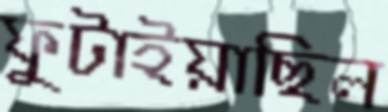
ফুটাইয়াছিল